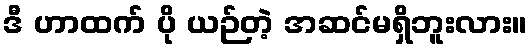
ဒီ ဟာထက် ပို ယဉ်တဲ့ အဆင်မရှိဘူးလား။